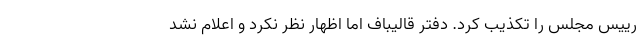
رییس مجلس را تکذیب کرد. دفتر قالیباف اما اظهار نظر نکرد و اعلام نشد